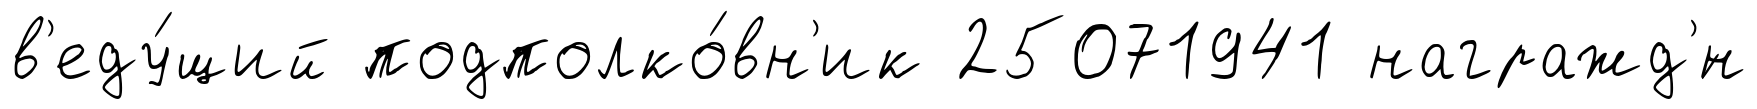
в'еду́щий подполко́вн'ик 25071941 награжд'́н